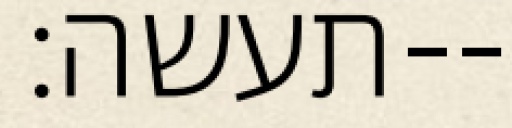
תעשה׃--